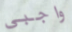
واجبي